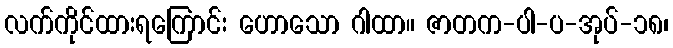
လက်ကိုင်ထားရကြောင်း ဟောသော ဂါထာ။ ဇာတက-ပါ-ပ-အုပ်-၁၈၊